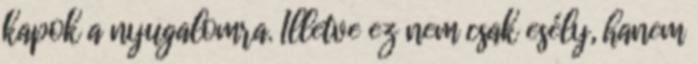
kapok a nyugalomra. Illetve ez nem csak esély, hanem